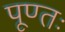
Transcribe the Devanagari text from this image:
पूण्तः